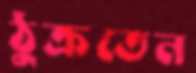
ঠুক্‌রতেন